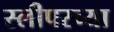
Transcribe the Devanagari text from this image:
स्लीपरच्या